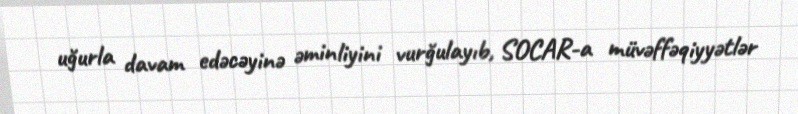
uğurla davam edəcəyinə əminliyini vurğulayıb, SOCAR-a müvəffəqiyyətlər